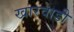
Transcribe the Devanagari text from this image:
खारवाडी